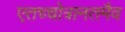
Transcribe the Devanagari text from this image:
एतच्चोत्रानतमैव